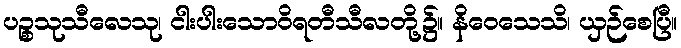
ပဉ္စသုသီလေသု၊ ငါးပါးသောဝိရတီသီလတို့၌။ နိဝေသေသိ၊ ယှဉ်စေပြီ။